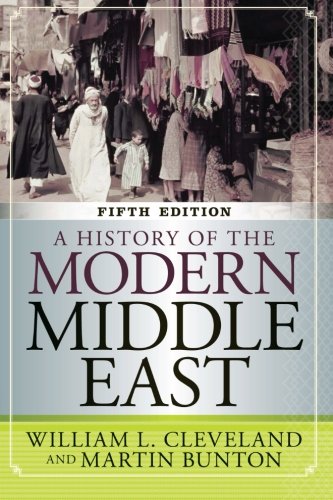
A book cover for A History of the Modern Middle East, 5th Edition; William L Cleveland; History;